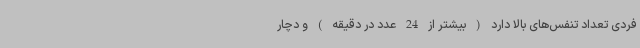
فردی تعداد تنفس‌های بالا دارد ( بیشتر از 24 عدد در دقیقه ) و دچار